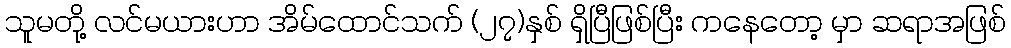
သူမတို့ လင်မယားဟာ အိမ်ထောင်သက် (၂၇)နှစ် ရှိပြီဖြစ်ပြီး ကနေတော့ မှာ ဆရာအဖြစ်